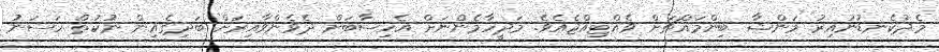
މެދުކެނޑުނުއިރު މަންޝާ ބިންމައްޗަށް ވެއްޓިއްޖެއެވެ. މަދީހާމެންނަށް އެހިސާބަށް ދެވެންވާއިރަށް ބަދިގެއިން ނުކުތް ހަސަނު